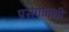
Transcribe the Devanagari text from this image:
प्रसंगांतली